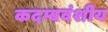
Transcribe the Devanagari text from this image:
कदम्बवंशीय